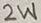
Text: 2W